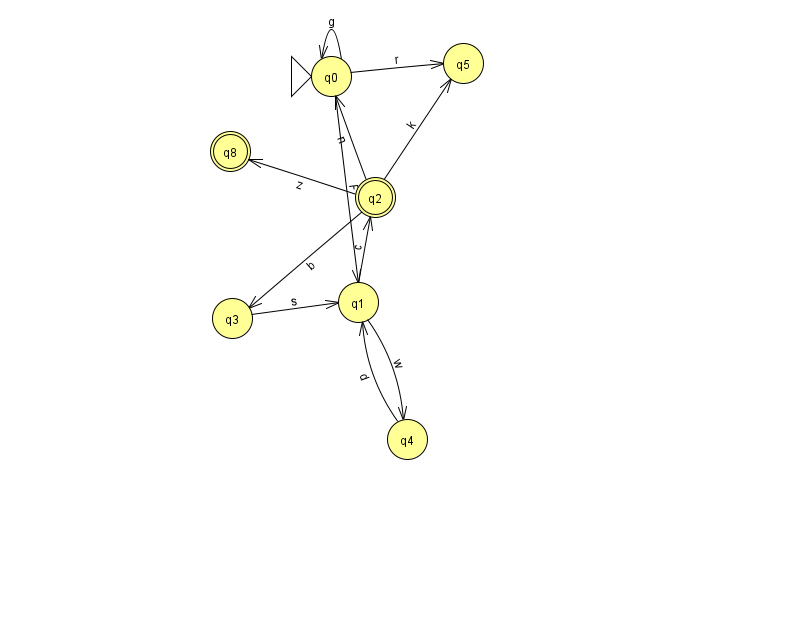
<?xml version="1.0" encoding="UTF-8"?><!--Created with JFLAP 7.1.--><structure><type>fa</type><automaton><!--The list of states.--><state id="0" name="q0"><x>331.0</x><y>63.0</y><initial/></state><state id="1" name="q1"><x>358.0</x><y>289.0</y></state><state id="2" name="q2"><x>375.0</x><y>184.0</y><final/></state><state id="3" name="q3"><x>232.0</x><y>305.0</y></state><state id="4" name="q4"><x>407.0</x><y>426.0</y></state><state id="5" name="q5"><x>463.0</x><y>50.0</y></state><state id="8" name="q8"><x>230.0</x><y>138.0</y><final/></state><!--The list of transitions.--><transition><from>0</from><to>1</to><read>F</read></transition><transition><from>2</from><to>8</to><read>z</read></transition><transition><from>4</from><to>1</to><read>d</read></transition><transition><from>1</from><to>4</to><read>w</read></transition><transition><from>2</from><to>0</to><read>n</read></transition><transition><from>2</from><to>3</to><read>b</read></transition><transition><from>0</from><to>0</to><read>g</read></transition><transition><from>3</from><to>1</to><read>s</read></transition><transition><from>2</from><to>5</to><read>k</read></transition><transition><from>0</from><to>5</to><read>r</read></transition><transition><from>1</from><to>2</to><read>c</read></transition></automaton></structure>